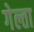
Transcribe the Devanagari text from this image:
गेल्ता